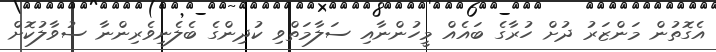
އެގޮތުން މަންޒަރު ދުށް ހުރާގެ ބައެއް މީހުންނާއި ސަލާމަތްވި ކުދިންގެ ބެލެނިވެރިންނާ ސުވާލުކޮށް